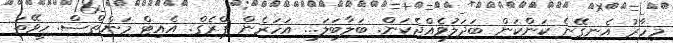
މިހާރު އެނގޭނެ ކަންކަން ބަދަލުވެއްޖެކަން. ބަލާބަލަ... އަހަރެން ޕްރެގް. އެއިޓް މަންތްސް. ހީވޭތަ